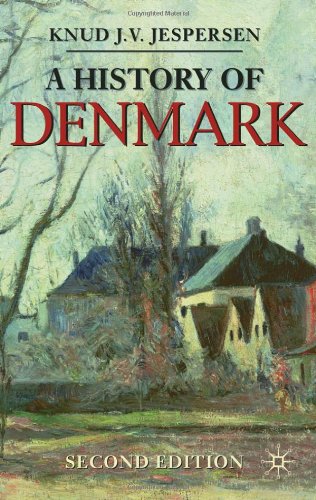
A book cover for A History of Denmark (Palgrave Essential Histories Series); Knud J. V. Jespersen; History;